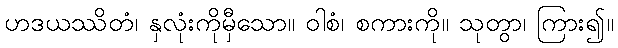
ဟဒယဿိတံ၊ နှလုံးကိုမှီသော။ ဝါစံ၊ စကားကို။ သုတွာ၊ ကြား၍။